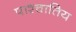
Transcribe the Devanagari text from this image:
पाश्चातिय